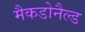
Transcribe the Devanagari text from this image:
मैकडोनैल्ड